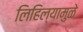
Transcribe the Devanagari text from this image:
लिहिल्यामुळे